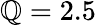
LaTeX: \mathbb{Q}=2.5